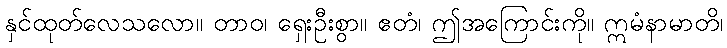
နှင်ထုတ်လေသလော။ တာဝ၊ ရှေးဦးစွာ။ ဧတံ၊ ဤအကြောင်းကို။ ဣမံနာမာတိ၊